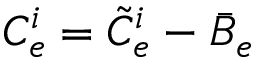
C _ { e } ^ { i } = \tilde { C } _ { e } ^ { i } - \bar { B } _ { e }